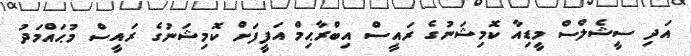
އަދި ސީޝެލްސް މީޑިއާ ކޮމިޝަނުގެ ރައީސް އިބްރާޙިމް އަފީފަށް ކޮމިޝަނުގެ ރައީސް މުޙައްމަދު